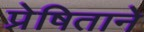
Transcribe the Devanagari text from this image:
प्रेषिताने